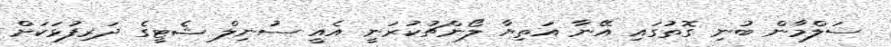
ސަލްމާން ބުނި ގޮތުގައި އޭނާ އަތިޔާ ލޯންޗުކުރަނީ އެއީ ސުނިލް ޝެޓީގެ ދަރިފުޅަކަށް